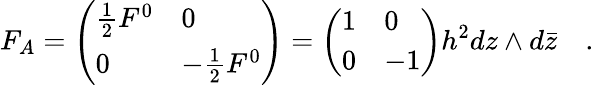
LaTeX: F_{A}=\left(\begin{array}{ll}{{{\frac{1}{2}}F^{0}}}&{{0}}\\ {{0}}&{{-{\frac{1}{2}}F^{0}}}\end{array}\right)=\left(\begin{array}{ll}{{1}}&{{0}}\\ {{0}}&{{-1}}\end{array}\right)h^{2}dz\wedge d{\bar{z}}\quad.